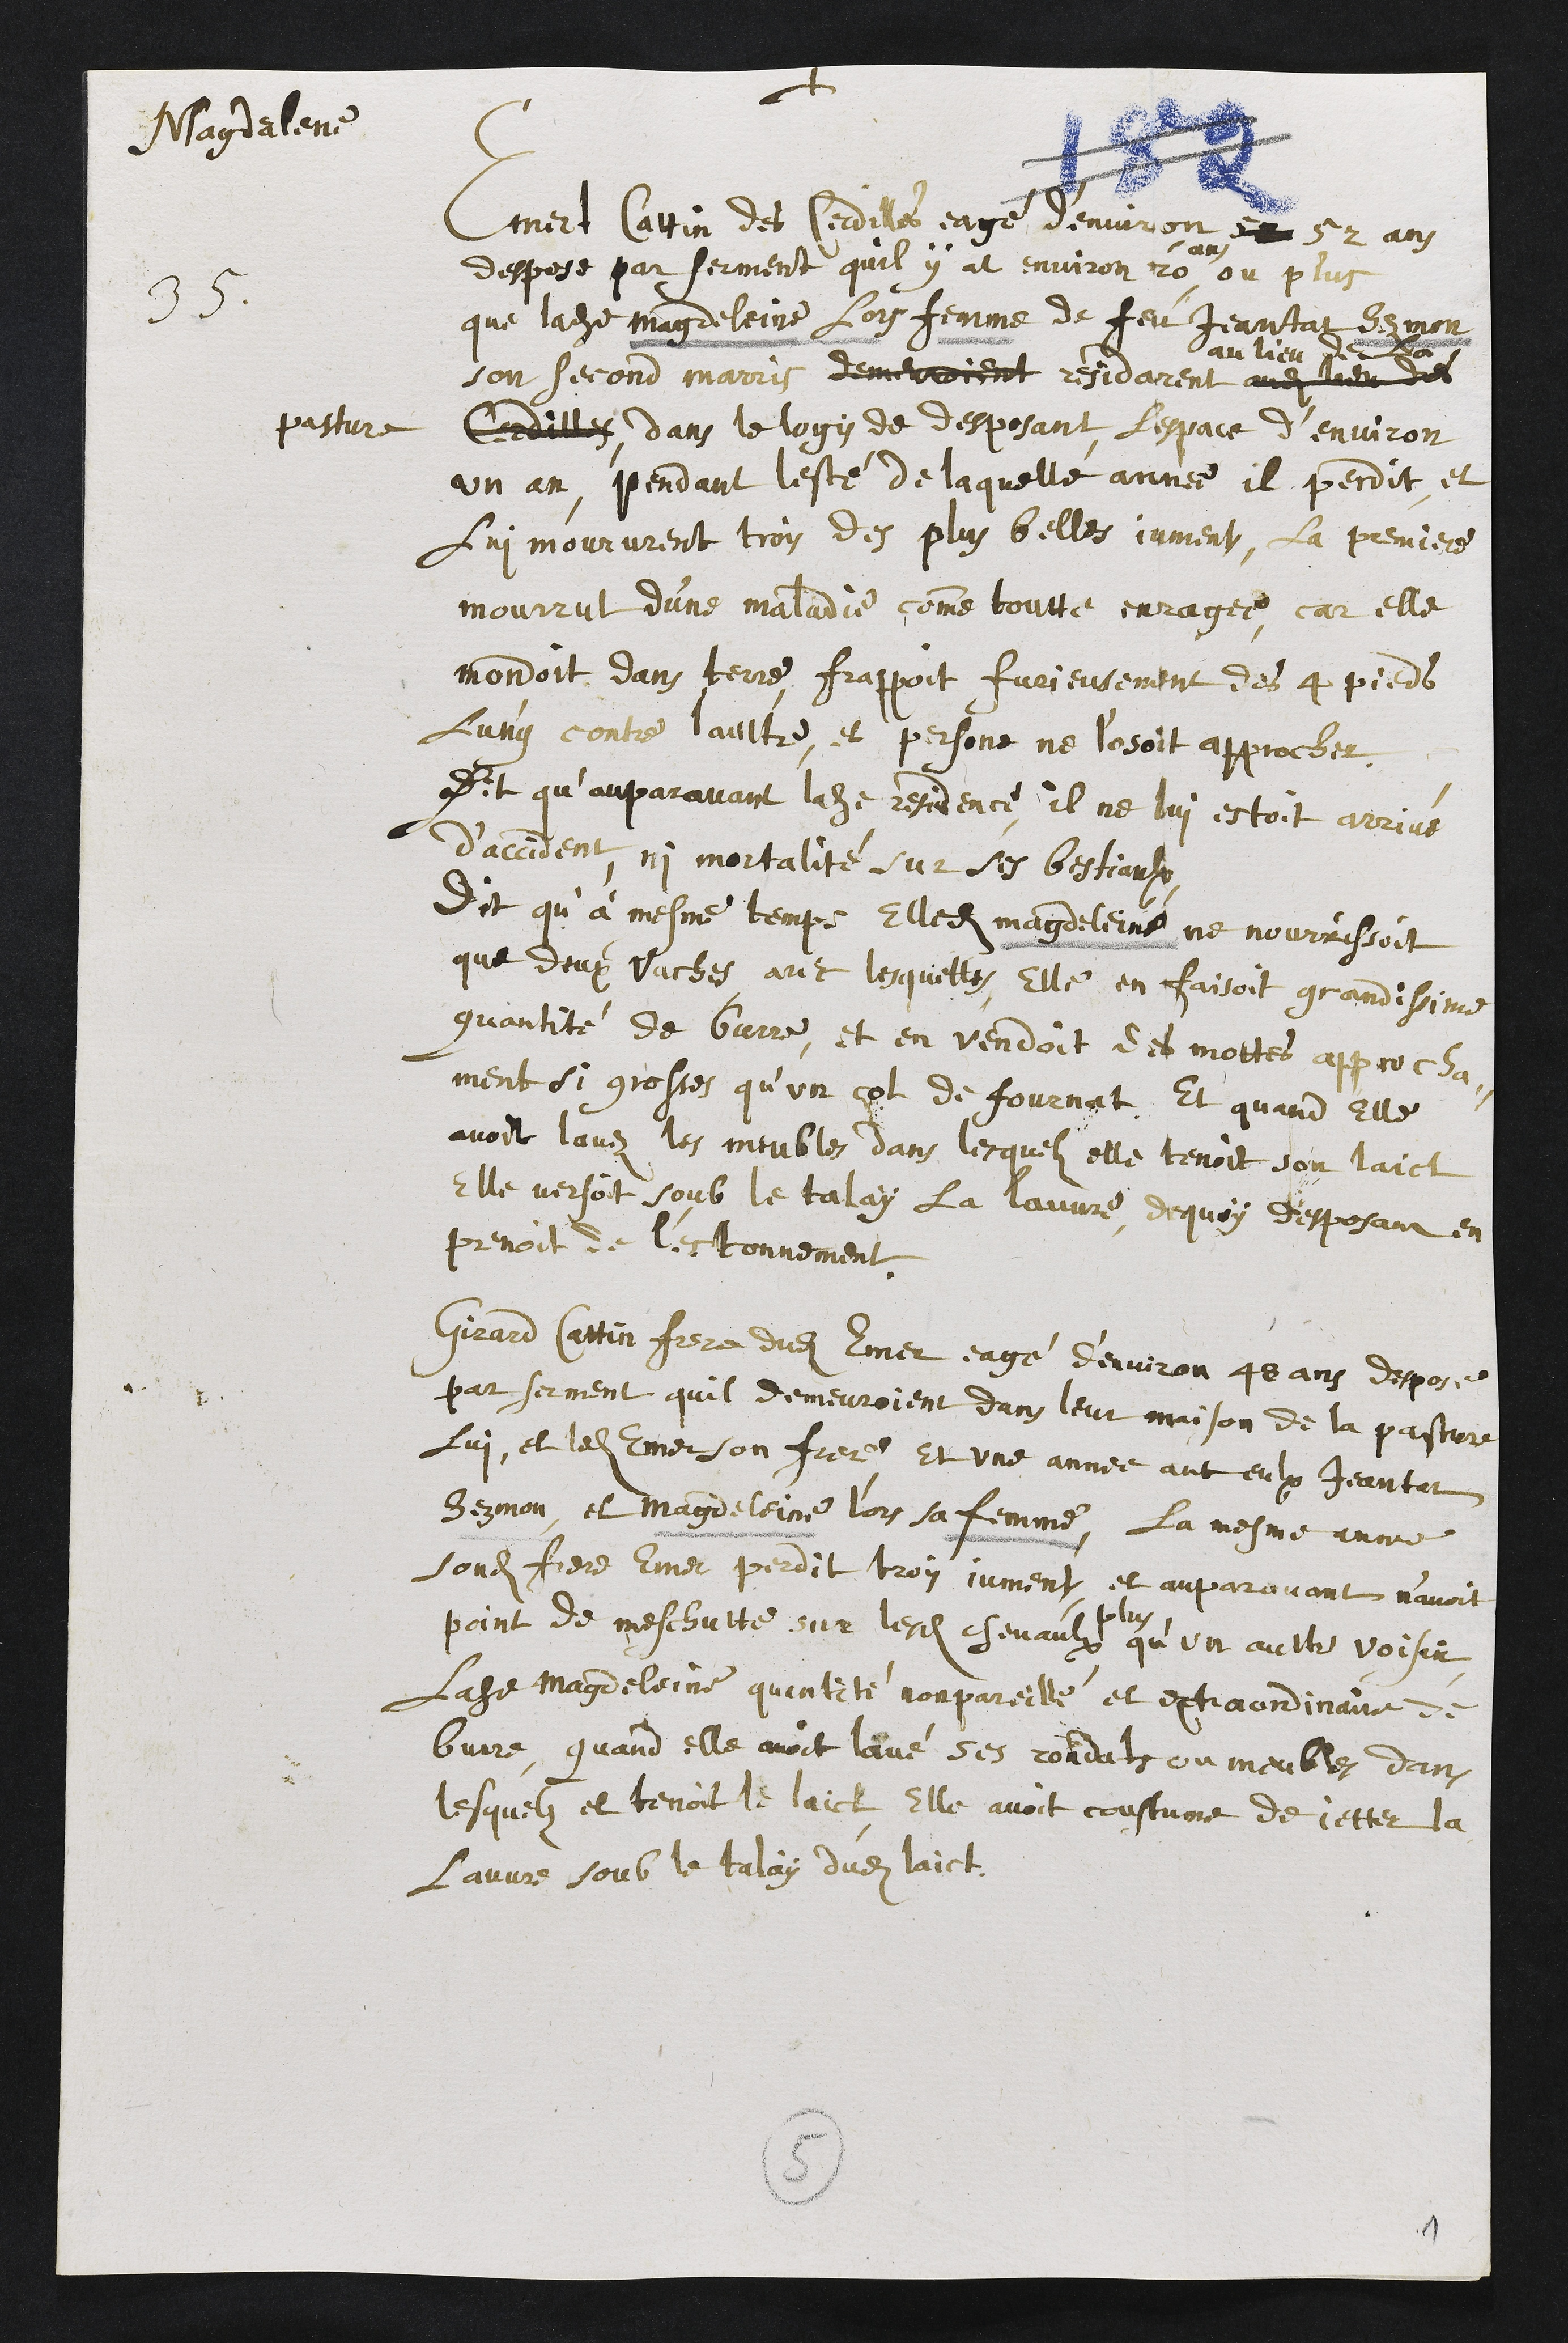
+
Magdalene
35. Emert Cattin des Cerdillaz eagé d’environ 50 52 ans
despose par serment qu’il y at environ 20 ans, ou plus
que ladite Magdeleine lors femme de feu Jeantat Sezmon
son second marris demeuroient residarent audit lieu dudit
au lieu de la
pasture Cerdillaz, dans le logis de desposant, l’espace d’environ
un an, pendant l’esté de laquelle année il perdit, et
lui moururent trois des plus belles jument. La premiere
mourrut d’une maladie comme toutte enragée, car elle
mordoit dans terre, frappoit furieusement des 4 pieds
l’ung contre l’aultre, et persone ne l’osoit approcher.
Dit qu’auparavant ladite residence, il ne lui estoit arrivé
d’accident, ni mortalité sur ses bestiaulx.
Dit qu’à mesme temps elles Magdeleine ne nourrissoit
que deux vaches, avec lesquelles, elle en faisoit grandissime
quantité de burre, et en vendoit des mottes approcha-
ment si grosses qu’un cot de fournat. Et quand elle
avoit lavez les meubles dans lesquels elle tenoit son laict
elle versoit soub le talay la lavure, de quoy desposant en
prenoit de l’estonnement.
Girard Cattin frere dudit Emer eagé d’environ 48 ans despose
par serment qu’il demeuroient dans leur maison de la pasture
lui, et ledit Emer son frere, et une année avec eulx Jeantat
Sezmon, et Magdeleine lors sa femme. La mesme année
sondit frere Emer perdit trois jument, et auparavant n’avoit
point de meschutte sur leur chevaulx
plus
qu’un aultre voisin,
ladite Magdeleine quantité non pareille et extraordianire de
burre, quand elle avoit lavé ses rondats ou meubles dans
lesquels et tenoit le laict, elle avoit coustume de jetter la
lavure soub le talaÿ dudit laict.